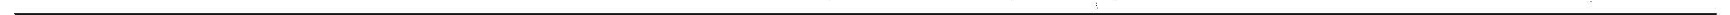
___